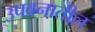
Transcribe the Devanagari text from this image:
उपवनातील